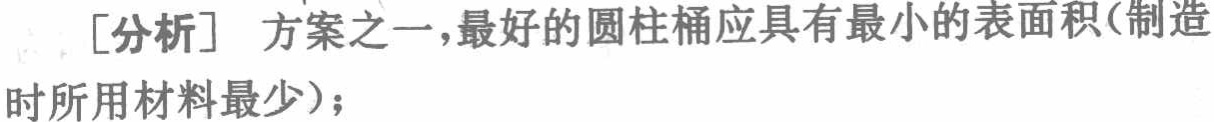
[分析] 方案之一，最好的圆柱桶应具有最小的表面积(制造时所用材料最少)；